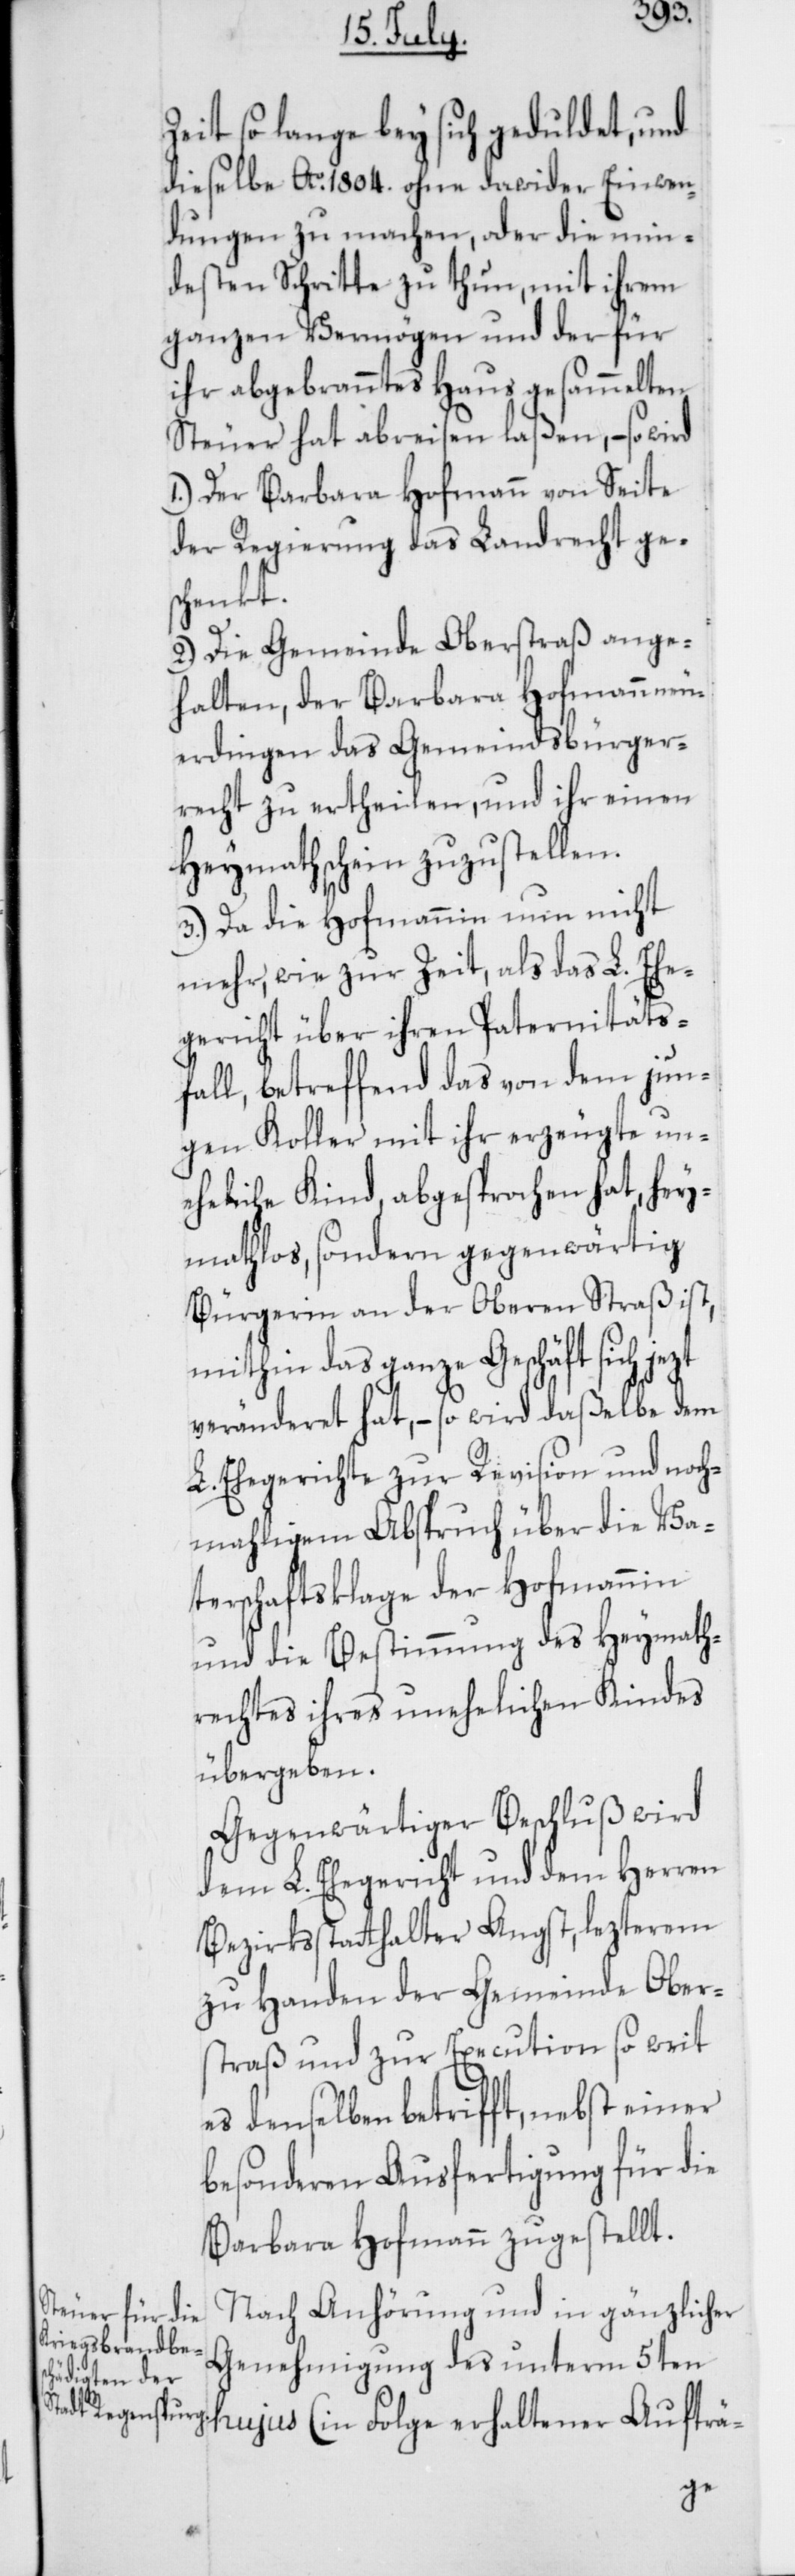
Zeit so lange bey sich geduldet, und
dieselbe Ao 1804. ohne dawider Einwen¬
dungen zu machen oder die min¬
desten Schritte zu thun, mit ihrem
ganzen Vermögen und der für
ihr abgebranntes Haus gesammelten
Steuer hat abreisen laßen, – so wird
1.) Der Barbara Hofmann von Seite
der Regierung das Landrecht ge¬
schenkt.
2.) Die Gemeinde Oberstraß ange¬
halten, der Barbara Hofmann neu¬
erdingen das Gemeindsbürger¬
recht zu ertheilen, und ihr einen
Heymathschein zuzustellen.
3.) Da die Hofmannin nun nicht
mehr, wie zur Zeit, als das L. Ehe¬
gericht über ihren Paternitäts¬
fall, betreffend das von dem jun¬
gen Koller mit ihr erzeugte un¬
eheliche Kind, abgesprochen hat, hey¬
mathlos, sondern gegenwärtig
Bürgerin an der Oberen Straß ist,
mithin das ganze Geschäft sich jezt
veränderet hat, – so wird daßelbe dem
L. Ehegerichte zur Revision und noch¬
mahligem Abspruch über die Va¬
terschaftsklage der Hofmannin
und die Bestimmung des Heymath¬
rechtes ihres unehelichen Kindes
übergeben.
Gegenwärtiger Beschluß wird
dem L. Ehegericht und dem Herren
Bezirksstatthalter Angst, lezterem
zu Handen der Gemeinde Ober¬
straß und zur Execution so weit
es denselben betrifft, nebst einer
besonderen Ausfertigung für die
Barbara Hofmann zugestellt.
Nach Anhörung und in gänzlicher
Genehmigung des unterm 5ten
hujus (in Folge erhaltener Aufträ-